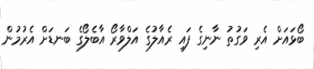
ބޯޅައަށް އެރި ވަގުތު ނާނިގެ ފައި ރެއާލުގެ އަލްވާރޯ އާބެލޯގެ ބަނޑަށް އެރުމުން